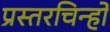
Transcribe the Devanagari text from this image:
प्रस्तरचिन्हों